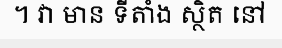
។ វា មាន ទីតាំង ស្ថិត នៅ